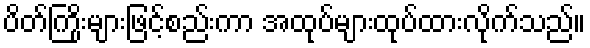
ပိတ်ကြိုးများဖြင့်စည်းကာ အထုပ်များထုပ်ထားလိုက်သည်။